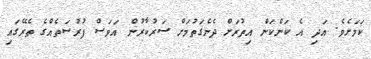
ކަމަށެވެ. އަދި އެ ކަންކަން އިތުރަށް ދެނެގަތުމަށް ސަރުކާރުން އަވަސް ފުރުސަތެއްގެ ތެރޭގައި